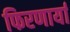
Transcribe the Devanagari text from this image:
फिरणार्या